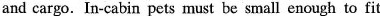
and cargo. In-cabin pets must be small enough to fit